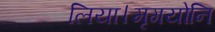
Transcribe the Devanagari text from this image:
लिया।मृगयोनि